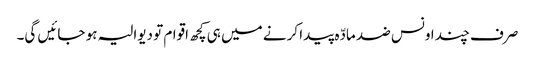
صرف چند اونس ضد مادّہ پیدا کرنے میں ہی کچھ اقوام تو دیوالیہ ہو جائیں گی۔